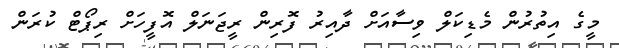
މީގެ އިތުރުން މެޑިކަލް ވިސާއަށް ދާއިރު ފޮރިން ރީޖަނަލް އޮފީހަށް ރިޕޯޓް ކުރަން